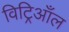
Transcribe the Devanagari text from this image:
विट्रिआँल